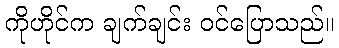
ကိုဟိုင်က ချက်ချင်း ဝင်ပြောသည်။